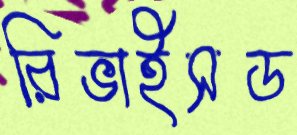
রিভাইসড